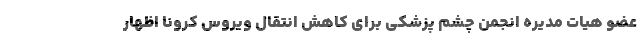
عضو هیات مدیره انجمن چشم پزشکی برای کاهش انتقال ویروس کرونا اظهار